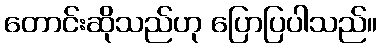
တောင်းဆိုသည်ဟု ပြောပြပါသည်။